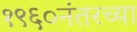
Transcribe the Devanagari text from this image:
१९६०नंतरच्या